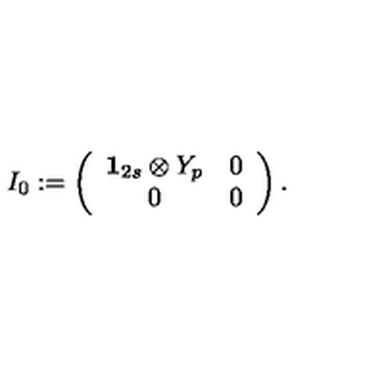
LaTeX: I _ { 0 } : = \left( \begin{array} { c c } { { \bf 1 } _ { 2 s } \otimes Y _ { p } } & { 0 } \\ { 0 } & { 0 } \\ \end{array} \right) .